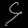
Digit: ၄